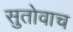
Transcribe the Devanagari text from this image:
सुतोवाच